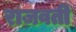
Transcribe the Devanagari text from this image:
राजवती